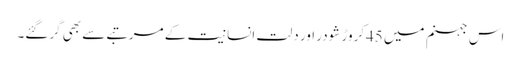
اس جہنم میں 45کروڑ شودر اور دلت انسانیت کے مرتبے سے بھی گرگئے۔